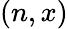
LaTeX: (n,x)